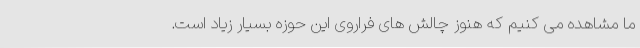
ما مشاهده می کنیم که هنوز چالش های فراروی این حوزه بسیار زیاد است.